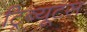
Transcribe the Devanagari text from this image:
ट्रिब्यूटस